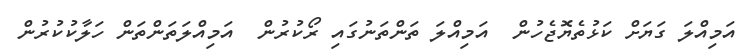
އަމިއްލަ ގަޔަށް ކަޅުތެޔޮޖެހުން  އަމިއްލަ ތަންތަނުގައި ރޯކުރުން  އަމިއްލަތަންތަން ހަލާކުކުރުން